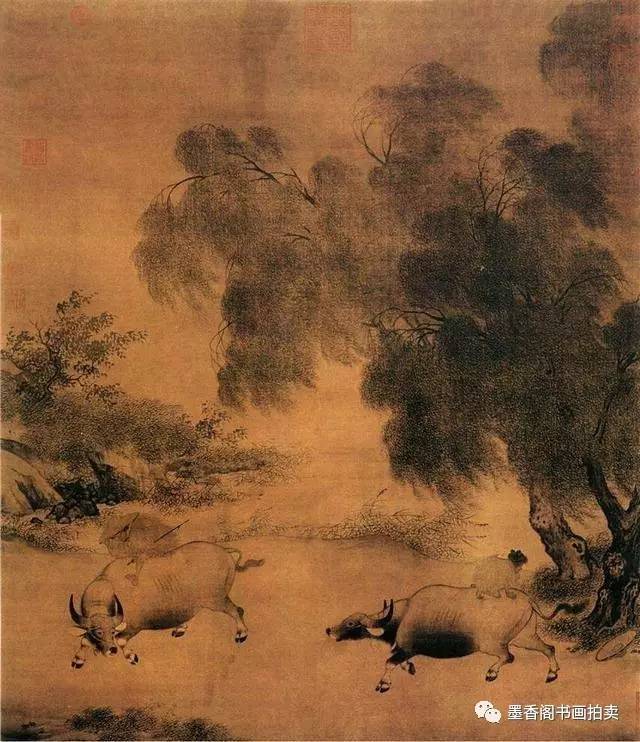
情同而亲合，亲合而事生之。